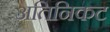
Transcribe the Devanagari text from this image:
अतिनिकट